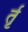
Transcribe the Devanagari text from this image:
र्तृ